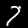
Digit: 7